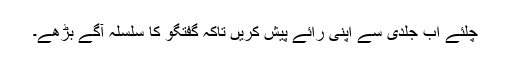
چلئے اب جلدی سے اپنی رائے پیش کریں تاکہ گفتگو کا سلسلہ آگے بڑھے۔